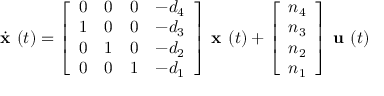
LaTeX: { \dot { \textbf { x } } } ( t ) = { \left[ \begin{array} { l l l l } { 0 } & { 0 } & { 0 } & { - d _ { 4 } } \\ { 1 } & { 0 } & { 0 } & { - d _ { 3 } } \\ { 0 } & { 1 } & { 0 } & { - d _ { 2 } } \\ { 0 } & { 0 } & { 1 } & { - d _ { 1 } } \end{array} \right] } { \textbf { x } } ( t ) + { \left[ \begin{array} { l } { n _ { 4 } } \\ { n _ { 3 } } \\ { n _ { 2 } } \\ { n _ { 1 } } \end{array} \right] } { \textbf { u } } ( t )